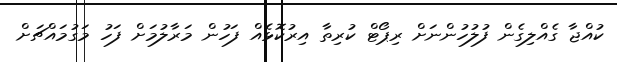
ކުއްޖާ ގެއްލިގެން ފުލުހުންނަށް ރިޕޯޓް ކުރިތާ އިރުކޮޅެއް ފަހުން މަރާލުމަށް ފަހު މަގުމައްޗަށް